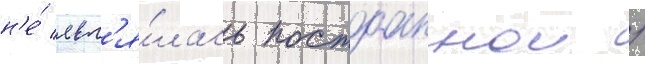
н'е́ явл'я́лась постоаннои /